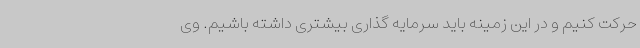
حرکت کنیم و در این زمینه باید سرمایه گذاری بیشتری داشته باشیم. وی